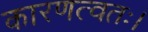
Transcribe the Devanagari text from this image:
कारणत्वतः।